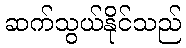
ဆက်သွယ်နိုင်သည်